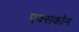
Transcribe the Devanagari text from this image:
एक्सकॉन